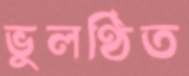
ভুলণ্ঠিত